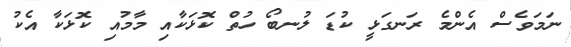
ނަމަވެސް އެންމެ ރަނގަޅީ ކުޑަ ލުނބޯ ހުތް ކޮޅަކާއި މާމުއި ކޮޅަކާ އެކު